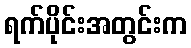
ရက်ပိုင်းအတွင်းက